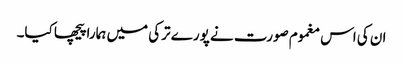
ان کی اس مغموم صورت نے پورے ترکی میں ہمارا پیچھا کیا۔